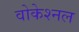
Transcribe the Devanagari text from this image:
वोकेश्नल